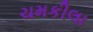
ચમકીલા